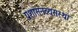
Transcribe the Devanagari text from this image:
प्रशासनव्यसस्था